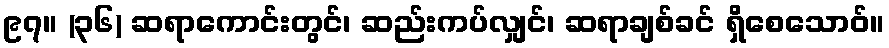
၉၇။ (၃၆) ဆရာကောင်းတွင်၊ ဆည်းကပ်လျှင်၊ ဆရာချစ်ခင် ရှိစေသောဝ်။